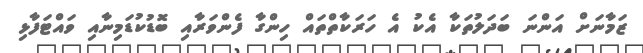
ޒަމާނަށް އަންނަ ބަދަލުތަކާ އެކު އެ ހަރަކާތްތައް ހިންގާ ފެންވަރާއި ބޮޑުކުޑަމިނާއި ވައްޓަފާޅި